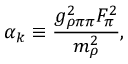
\alpha _ { k } \equiv \frac { g _ { \rho \pi \pi } ^ { 2 } F _ { \pi } ^ { 2 } } { m _ { \rho } ^ { 2 } } ,